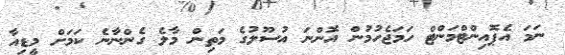
ނަމަ އެޕޮއިންޓްމަންޓް ހަމަޖެހުމުން އޮންނަ އުސޫލުގެ މަތިން މާލެ ގެންނާނެ ކަމަށް މީޑިއާ